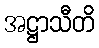
အဋ္ဌာသီတိ